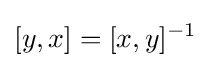
[y,x]=[x,y]^{-1}